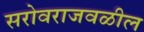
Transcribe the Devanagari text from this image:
सरोवराजवळील